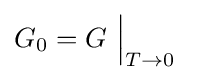
G_{0}=G\ {\Big |}_{T\rightarrow 0}\